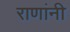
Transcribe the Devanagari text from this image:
राणांनी